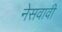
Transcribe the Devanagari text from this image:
नेसवावी